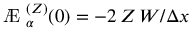
{ \mathrm { ~ \AE ~ } _ { \alpha } ^ { ( Z ) } ( 0 ) = - 2 \, Z \, W / \Delta x }